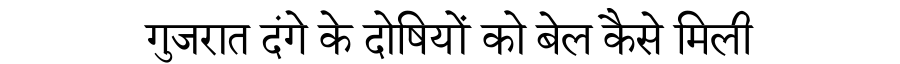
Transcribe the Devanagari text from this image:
गुजरात दंगे के दोषियों को बेल कैसे मिली